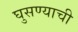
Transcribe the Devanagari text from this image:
घुसण्याची